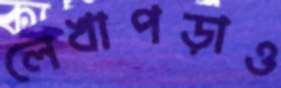
লেখাপড়াও